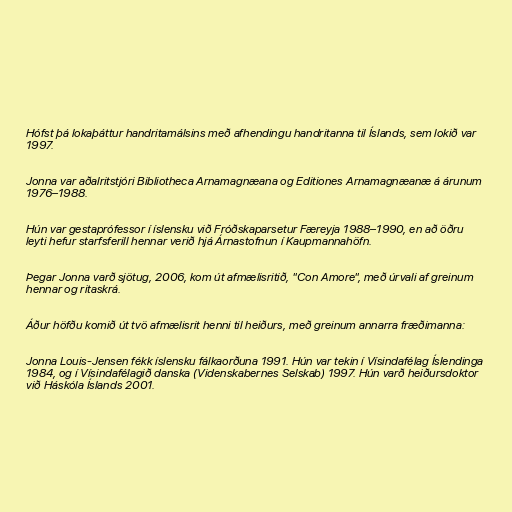
Hófst þá lokaþáttur handritamálsins með afhendingu handritanna til Íslands, sem lokið var
1997.

Jonna var aðalritstjóri Bibliotheca Arnamagnæana og Editiones Arnamagnæanæ á árunum
1976–1988.

Hún var gestaprófessor í íslensku við Fróðskaparsetur Færeyja 1988–1990, en að öðru
leyti hefur starfsferill hennar verið hjá Árnastofnun í Kaupmannahöfn.

Þegar Jonna varð sjötug, 2006, kom út afmælisritið, "Con Amore", með úrvali af greinum
hennar og ritaskrá.

Áður höfðu komið út tvö afmælisrit henni til heiðurs, með greinum annarra fræðimanna:

Jonna Louis-Jensen fékk íslensku fálkaorðuna 1991. Hún var tekin í Vísindafélag Íslendinga
1984, og í Vísindafélagið danska (Videnskabernes Selskab) 1997. Hún varð heiðursdoktor
við Háskóla Íslands 2001.